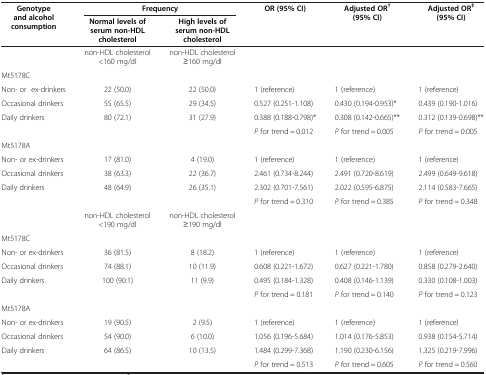
<table><thead><tr><td rowspan="2"><b>Genotype and alcohol consumption</b></td><td colspan="2"><b>Frequency</b></td><td rowspan="2"><b>OR (95% CI)</b></td><td rowspan="2"><b>Adjusted OR<sup>† </sup>(95% CI)</b></td><td rowspan="2"><b>Adjusted OR<sup>‡ </sup>(95% CI)</b></td></tr><tr><td><b>Normal levels of serum non-HDL cholesterol</b></td><td><b>High levels of serum non-HDL cholesterol</b></td></tr></thead><tbody><tr><td> </td><td>non-HDL cholesterol &lt;160 mg/dl</td><td>non-HDL cholesterol ≥160 mg/dl</td><td> </td><td> </td><td> </td></tr><tr><td>Mt5178C</td><td> </td><td> </td><td> </td><td> </td><td> </td></tr><tr><td>Non- or ex-drinkers</td><td>22 (50.0)</td><td>22 (50.0)</td><td>1 (reference)</td><td>1 (reference)</td><td>1 (reference)</td></tr><tr><td>Occasional drinkers</td><td>55 (65.5)</td><td>29 (34.5)</td><td>0.527 (0.251-1.108)</td><td>0.430 (0.194-0.953)*</td><td>0.439 (0.190-1.016)</td></tr><tr><td>Daily drinkers</td><td>80 (72.1)</td><td>31 (27.9)</td><td>0.388 (0.188-0.798)*</td><td>0.308 (0.142-0.665)**</td><td>0.312 (0.139-0.698)**</td></tr><tr><td> </td><td> </td><td> </td><td><i>P</i> for trend = 0.012</td><td><i>P</i> for trend = 0.005</td><td><i>P</i> for trend = 0.005</td></tr><tr><td>Mt5178A</td><td> </td><td> </td><td> </td><td> </td><td> </td></tr><tr><td>Non- or ex-drinkers</td><td>17 (81.0)</td><td>4 (19.0)</td><td>1 (reference)</td><td>1 (reference)</td><td>1 (reference)</td></tr><tr><td>Occasional drinkers</td><td>38 (63.3)</td><td>22 (36.7)</td><td>2.461 (0.734-8.244)</td><td>2.491 (0.720-8.619)</td><td>2.499 (0.649-9.618)</td></tr><tr><td>Daily drinkers</td><td>48 (64.9)</td><td>26 (35.1)</td><td>2.302 (0.701-7.561)</td><td>2.022 (0.595-6.875)</td><td>2.114 (0.583-7.665)</td></tr><tr><td> </td><td> </td><td> </td><td><i>P</i> for trend = 0.310</td><td><i>P</i> for trend = 0.385</td><td><i>P</i> for trend = 0.348</td></tr><tr><td> </td><td>non-HDL cholesterol &lt;190 mg/dl</td><td>non-HDL cholesterol ≥190 mg/dl</td><td> </td><td> </td><td> </td></tr><tr><td>Mt5178C</td><td> </td><td> </td><td> </td><td> </td><td> </td></tr><tr><td>Non- or ex-drinkers</td><td>36 (81.5)</td><td>8 (18.2)</td><td>1 (reference)</td><td>1 (reference)</td><td>1 (reference)</td></tr><tr><td>Occasional drinkers</td><td>74 (88.1)</td><td>10 (11.9)</td><td>0.608 (0.221-1.672)</td><td>0.627 (0.221-1.780)</td><td>0.858 (0.279-2.640)</td></tr><tr><td>Daily drinkers</td><td>100 (90.1)</td><td>11 (9.9)</td><td>0.495 (0.184-1.328)</td><td>0.408 (0.146-1.139)</td><td>0.330 (0.108-1.003)</td></tr><tr><td> </td><td> </td><td> </td><td><i>P</i> for trend = 0.181</td><td><i>P</i> for trend = 0.140</td><td><i>P</i> for trend = 0.123</td></tr><tr><td>Mt5178A</td><td> </td><td> </td><td> </td><td> </td><td> </td></tr><tr><td>Non- or ex-drinkers</td><td>19 (90.5)</td><td>2 (9.5)</td><td>1 (reference)</td><td>1 (reference)</td><td>1 (reference)</td></tr><tr><td>Occasional drinkers</td><td>54 (90.0)</td><td>6 (10.0)</td><td>1.056 (0.196-5.684)</td><td>1.014 (0.176-5.853)</td><td>0.938 (0.154-5.714)</td></tr><tr><td>Daily drinkers</td><td>64 (86.5)</td><td>10 (13.5)</td><td>1.484 (0.299-7.368)</td><td>1.190 (0.230-6.156)</td><td>1.325 (0.219-7.996)</td></tr><tr><td> </td><td> </td><td> </td><td><i>P</i> for trend = 0.513</td><td><i>P</i> for trend = 0.605</td><td><i>P</i> for trend = 0.560</td></tr></tbody></table>